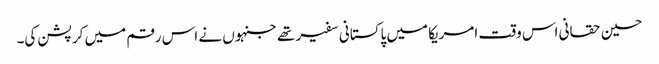
حسین حقانی اس وقت امریکا میں پاکستانی سفیر تھے جنہوں نے اس رقم میں کرپشن کی۔